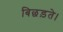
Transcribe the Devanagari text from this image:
बिछड़ते।